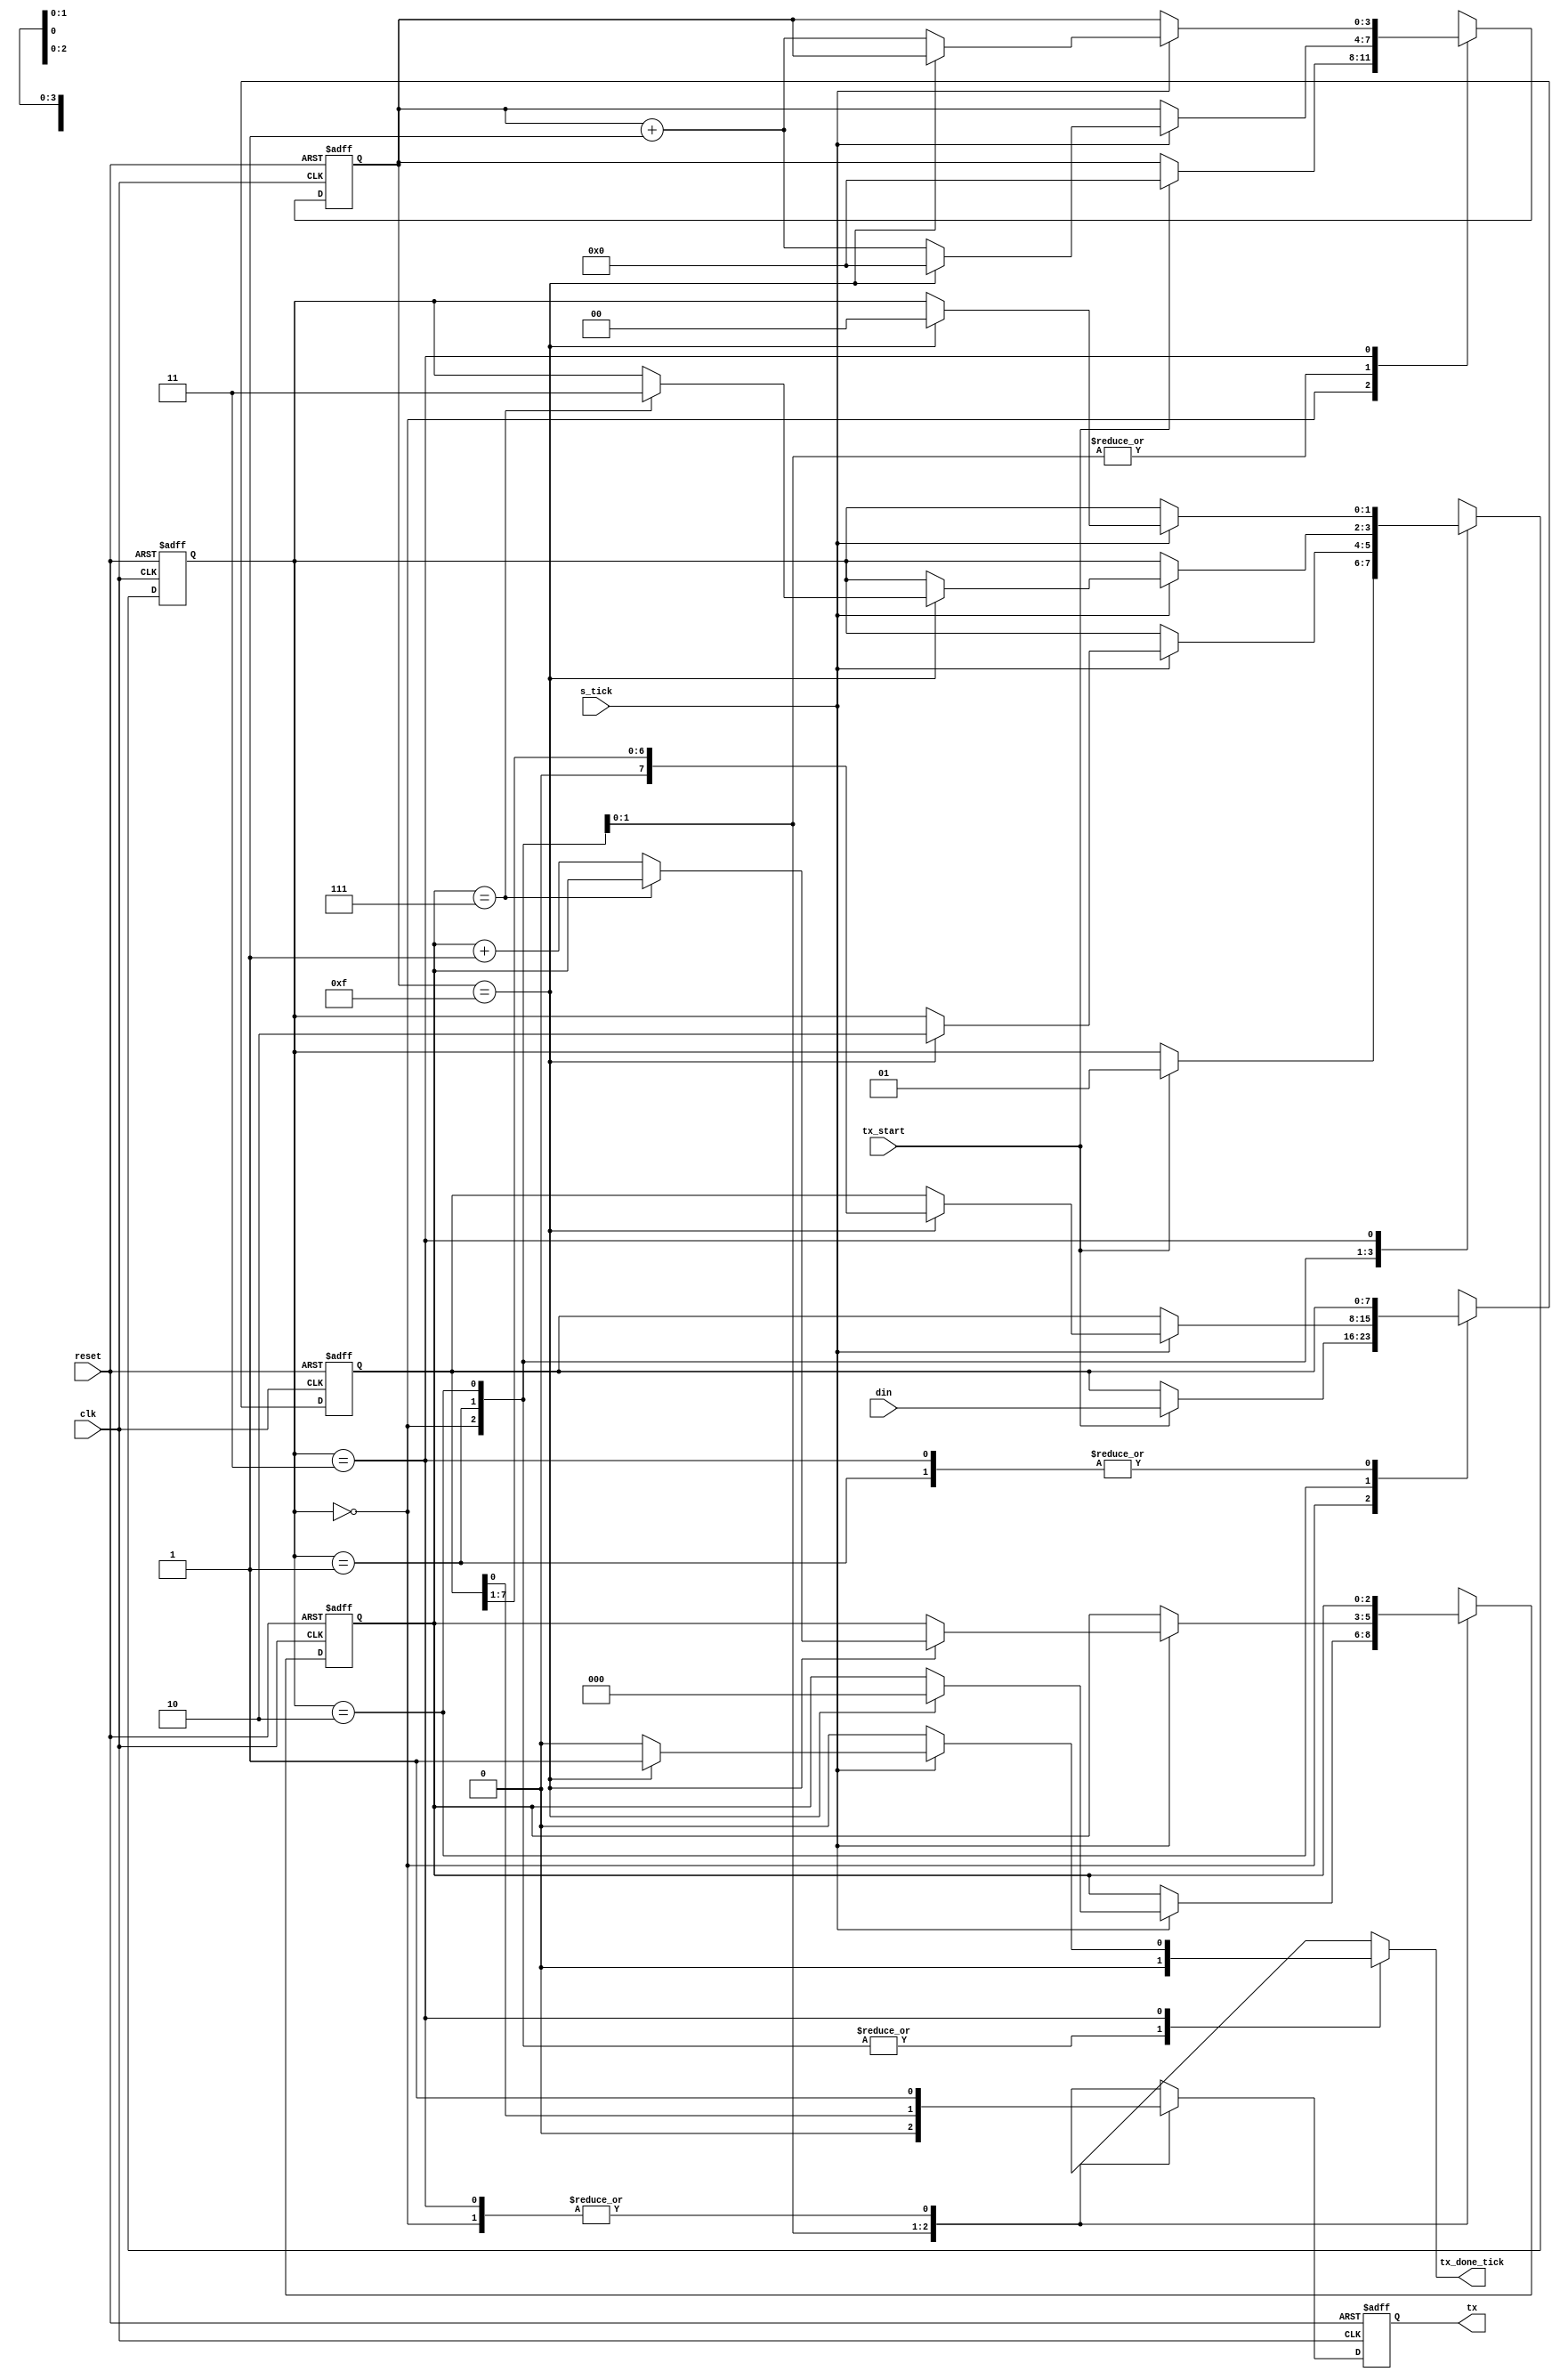
`timescale 1ns / 1ps

module UART_Transmit
  #(
		parameter DBIT = 8,
					 SB_TICK = 16
	)
	(
		input	wire clk,reset,
		input	wire tx_start, s_tick,
		input	wire [7:0] din,
		output reg tx_done_tick,
		output wire tx
	);
	localparam [1:0]
	idle	=	2'b00,
	start	=	2'b01,
	data	=	2'b10,
	stop	=	2'b11;
	
	reg [1:0] state_reg, state_next;
	reg [3:0] s_reg, s_next;
	reg [2:0] n_reg, n_next;
	reg [7:0] b_reg, b_next;
	reg tx_reg, tx_next;
	
	
	always@(posedge clk, posedge reset)
		if (reset)
			begin
				state_reg <= idle;
				s_reg <= 4'd0;
				n_reg <= 3'd0;
				b_reg <= 8'd0;
				tx_reg <= 1'b1;
			end
		else
			begin
				state_reg <= state_next;
				s_reg <= s_next;
				n_reg <= n_next;
				b_reg <= b_next;
				tx_reg <= tx_next;
				
			end
	
	always@*
	begin
	state_next = state_reg;
	tx_done_tick = 1'b0;
	s_next = s_reg;
	n_next = n_reg;
	b_next = b_reg;
	tx_next = tx_reg;
	
	case(state_reg)
		idle:
			begin
				tx_next = 1'b1;
				if (tx_start)
					begin
						state_next = start;
						s_next = 0;
						b_next = din;
					end
				end
			start:
				begin
					tx_next = 1'b0;
					if (s_tick)
						if(s_reg==15)
							begin
								state_next = data;
								s_next=0;
								n_next=0;
							end
						else
							s_next=s_reg+4'd1;
				end
			data:
				begin
					tx_next = b_reg[0];
					if(s_tick)
						if(s_reg==15)
							begin
								s_next = 0;
								b_next = b_reg >> 1;
								if (n_reg==(DBIT-1))
									state_next = stop;
								else
									n_next = n_reg +3'd1;
							end
						else
							s_next = s_reg + 4'd1;
				end
			stop:
				begin
					tx_next = 1'b1;
					if (s_tick)
						if (s_reg==(SB_TICK-1))
							begin
								state_next = idle;
								tx_done_tick = 1'b1;
							end
						else
							s_next = s_reg + 4'd1;
				end
				
			endcase
		end
		
		assign tx=tx_reg;
		

endmodule